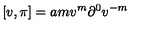
\lbrack v , \pi ] = a m v ^ { m } \partial ^ { 0 } v ^ { - m }